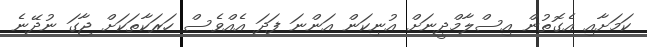
ކަމަށާއި އެގޮތުން އިސްލާމްދީނަށް އުނިކަން އަންނަ ފަދަ އެއްވެސް ހަރަކާތަކަށް ޖާގަ ނުދޭނެ